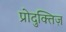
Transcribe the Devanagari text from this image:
प्रोदुक्तिज़